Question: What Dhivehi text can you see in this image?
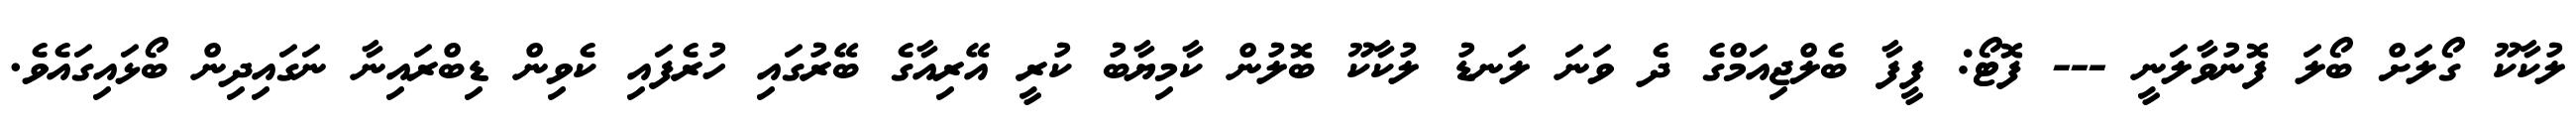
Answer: ލުކާކޫ ގޯލަށް ބޯލަ ފޮނުވާލަނީ --- ފޮޓޯ: ފީފާ ބެލްޖިއަމްގެ ދެ ވަނަ ލަނޑު ލުކާކޫ ބޮލުން ކާމިޔާބު ކުރީ އޭރިއާގެ ބޭރުގައި ހުރެފައި ކެވިން ޑިބްރައިނާ ނަގައިދިން ބޯޅައިގައެވެ.